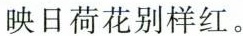
映日荷花别样红。